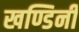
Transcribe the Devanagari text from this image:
खण्डिनी